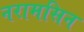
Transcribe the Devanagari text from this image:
नरामसिन